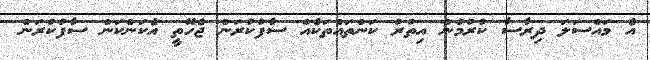
އެ މައްސަލަ ދިރާސާ ކުރުމުން އިތުރު ކަންތައްތަކެއް ސާފުކުރަން ޖެހޭތީ އެކަންކަން ސާފުކުރަން